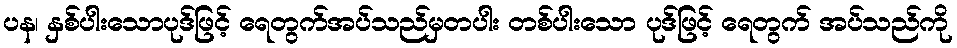
ပန၊ နှစ်ပါးသောပုဒ်ဖြင့် ရေတွက်အပ်သည်မှတပါး တစ်ပါးသော ပုဒ်ဖြင့် ရေတွက် အပ်သည်ကို